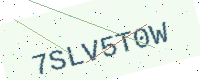
Text: 7SLV5T0W